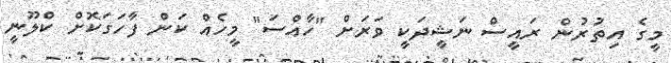
މީގެ އިތުރުން ރައީސް ނަޝީދަކީ ވަރަށް "ހާއްސަ" މީހެއް ކަން ފާހަގަކޮށް ކްލޫނީ